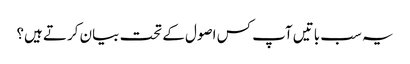
یہ سب باتیں آپ کس اصول کے تحت بیان کرتے ہیں؟